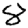
Digit: 8